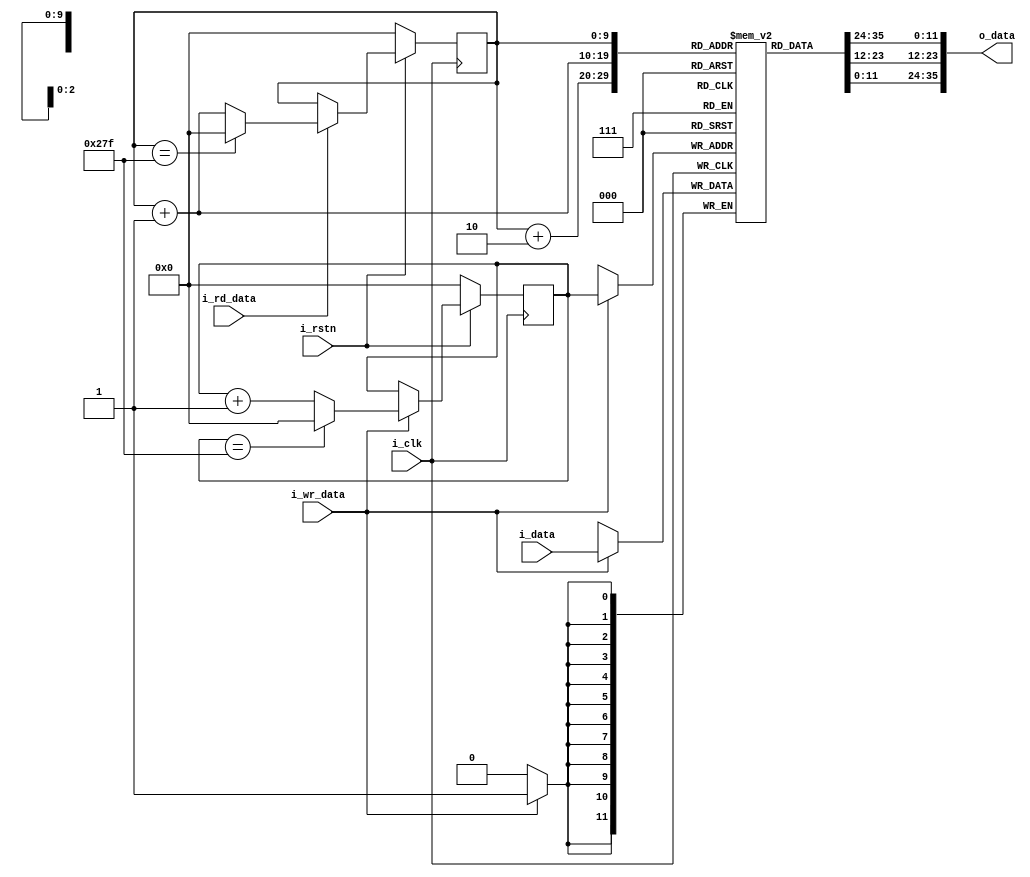
`timescale 1ns / 1ps
`default_nettype none

/*
 *  Creates a three-word read memory that is a 
 *  first word fall through
 * 
 *  NOTE 
 *  o_data is not registered and available immediately  
 *
 */

module linebuffer
   #(   parameter DW = 12,
        parameter RL = 640)
    (   input wire              i_clk,
        input wire              i_rstn,
        
        input wire              i_wr_data,
        input wire [DW-1:0]     i_data, 
        
        input wire              i_rd_data,
        output wire [3*DW-1:0]  o_data
    );
    
    // Pointer Width 
    localparam PW = $clog2(RL); 
 
    reg [DW-1:0] line [RL-1:0];
    reg [PW-1:0] wptr;
    reg [PW-1:0] rptr;
    
    always @(posedge i_clk)
    begin
        if(i_wr_data)
            line[wptr] <= i_data;
    end
    
    always @(posedge i_clk)
    begin
        if(!i_rstn)
            wptr <= 0;
        else if(i_wr_data)
            wptr <= (wptr == RL - 1) ? 0 : wptr + 1'b1;
    end 
       
    always @(posedge i_clk)
    begin
        if(!i_rstn)
            rptr <= 0; 
        else if(i_rd_data)
            rptr <= (rptr == RL - 1) ? 0 : rptr + 1'b1; 
    end
    
    // First Word Fall Through  
    assign o_data = { line[rptr], line[rptr+1], line[rptr+2] }; 
        
endmodule